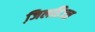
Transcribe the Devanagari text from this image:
जि़लहिज्ज